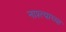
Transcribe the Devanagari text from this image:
नाश्त्याच्या